Annual report of the Punjab Veterinary College and of the Civil Veterinary Department, Punjab - 1926-1932
Year: 1926
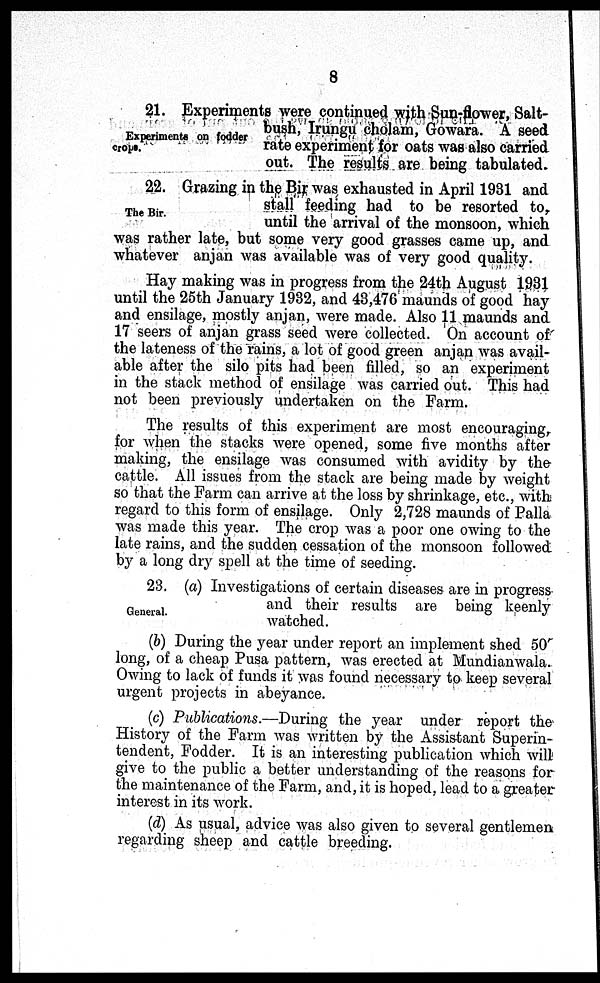
8
Experiments on fodder
crops.
21. Experiments were continued with Sun-flower, Salt-
bush, Irungu cholam, Gowara. A seed
rate experiment for oats was also carried
out. The results are being tabulated.
The Bir.
22. Grazing in the Bir was exhausted in April 1931 and
stall feeding had to be resorted to,
until the arrival of the monsoon, which
was rather late, but some very good grasses came up, and
whatever anjan was available was of very good quality.
Hay making was in progress from the 24th August 1931
until the 25th January 1932, and 43,476 maunds of good hay
and ensilage, mostly anjan, were made. Also 11 maunds and
17 seers of anjan grass seed were collected. On account of
the lateness of the rains, a lot of good green anjan was avail-
able after the silo pits had been filled, so an experiment
in the stack method of ensilage was carried out. This had
not been previously undertaken on the Farm.
The results of this experiment are most encouraging,
for when the stacks were opened, some five months after
making, the ensilage was consumed with avidity by the
cattle. All issues from the stack are being made by weight
so that the Farm can arrive at the loss by shrinkage, etc., with
regard to this form of ensilage. Only 2,728 maunds of Palla
was made this year. The crop was a poor one owing to the
late rains, and the sudden cessation of the monsoon followed
by a long dry spell at the time of seeding.
General.
23. (a) Investigations of certain diseases are in progress
and their results are being keenly
watched.
(b) During the year under report an implement shed 50
long, of a cheap Pusa pattern, was erected at Mundianwala.
Owing to lack of funds it was found necessary to keep several
urgent projects in abeyance.
(c) Publications.—During the year under report the
History of the Farm was written by the Assistant Superin-
tendent, Fodder. It is an interesting publication which will
give to the public a better understanding of the reasons for
the maintenance of the Farm, and, it is hoped, lead to a greater
interest in its work.
(d) As usual, advice was also given to several gentlemen
regarding sheep and cattle breeding.